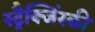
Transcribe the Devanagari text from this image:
स्ट्रैक्जिंस्की